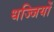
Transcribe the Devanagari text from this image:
धज्जियों